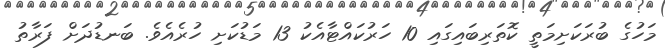
މަހުގެ ބުރަކަށިމަތީ ކޮތަރިބައިގައި 10 ހަރުކައްޓާއެކު 13 މަޑުކަށި ހުރެއެވެ. ބަނޑުދަށް ފަރާތު